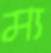
ম্য